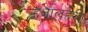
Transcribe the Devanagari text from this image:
ऊर्जालहरी